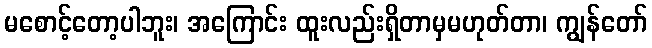
မစောင့်တော့ပါဘူး၊ အကြောင်း ထူးလည်းရှိတာမှမဟုတ်တာ၊ ကျွန်တော်